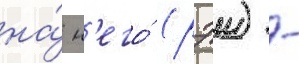
на́ н'его́ (рэи) -